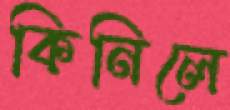
কিনিলে